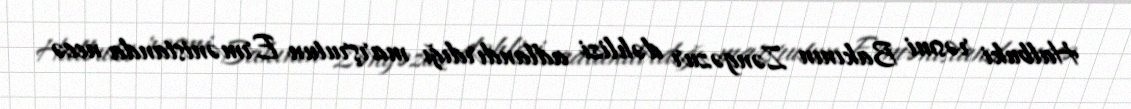
Halbuki rəsmi Bakının Zəngəzur dəhlizi adlandırdığı marşrutun Ermənistanda necə